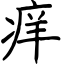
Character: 痒